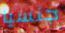
جنسيا